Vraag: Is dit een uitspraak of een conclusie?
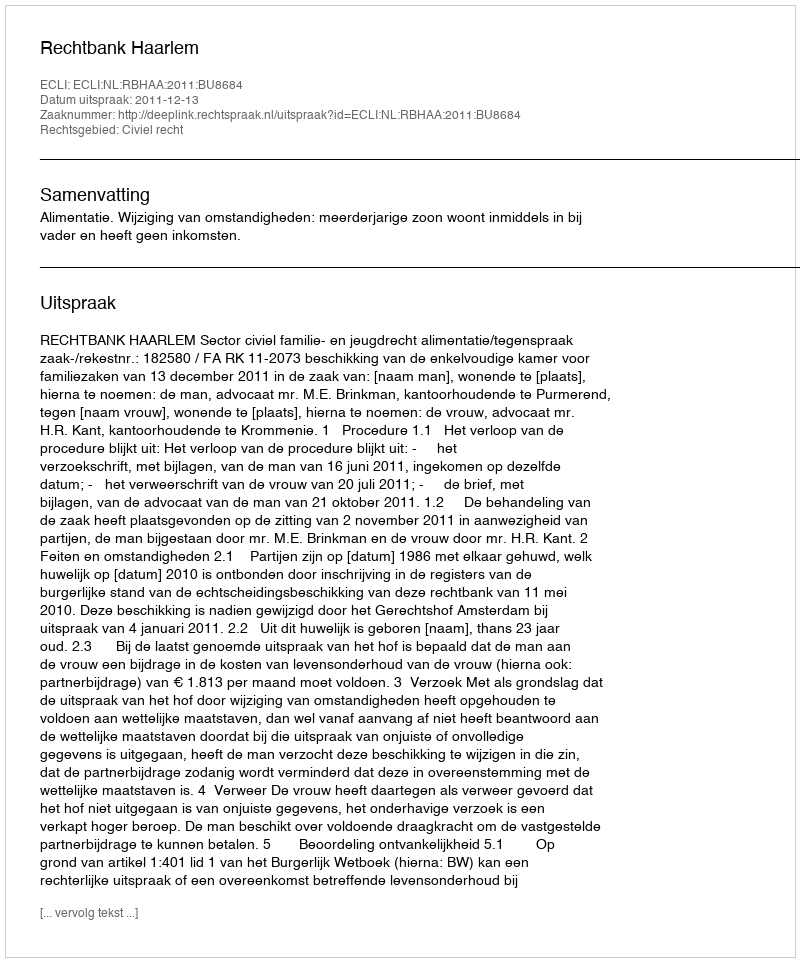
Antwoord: Uitspraak